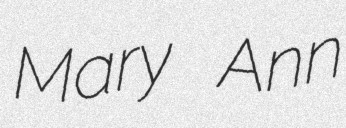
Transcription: Mary Ann